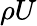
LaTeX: \rho U